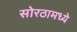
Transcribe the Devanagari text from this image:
सोरठामध्ये